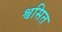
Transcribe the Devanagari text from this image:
श्वसित